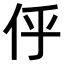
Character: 𠇼